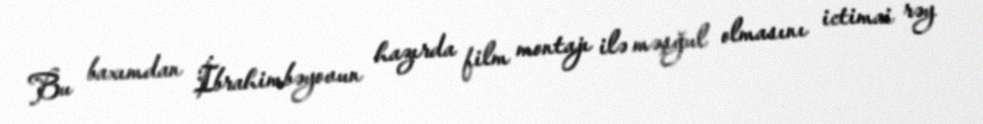
Bu baxımdan İbrahimbəyovun hazırda film montajı ilə məşğul olmasını ictimai rəy